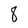
Character: 8